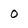
Character: 0